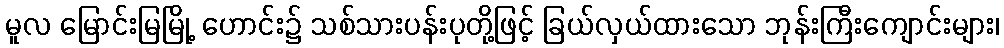
မူလ မြောင်းမြမြို့ ဟောင်း၌ သစ်သားပန်းပုတို့ဖြင့် ခြယ်လှယ်ထားသော ဘုန်းကြီးကျောင်းများ၊